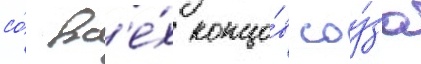
со́ вс'е́х концо́в соу́за